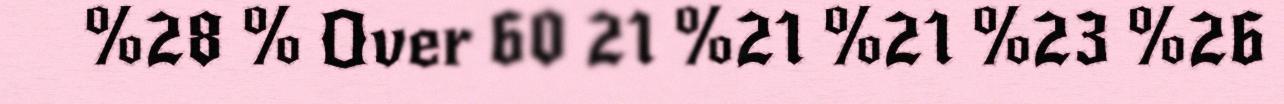
%28 % Over 60 21 %21 %21 %23 %26